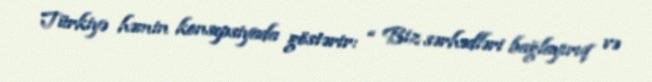
Türkiyə həmin konsepsiyada göstərir: “ Biz sərhədləri bağlayırıq və